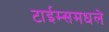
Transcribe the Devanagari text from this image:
टाईम्समधले